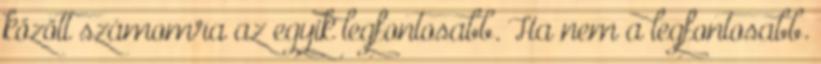
között számomra az egyik legfontosabb. Ha nem a legfontosabb.